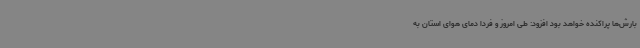
بارش‌ها پراکنده خواهد بود افزود: طی امروز و فردا دمای هوای استان به